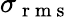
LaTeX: \sigma_{\mathrm{~r~m~s~}}